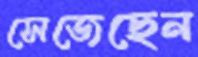
সেজেছেন